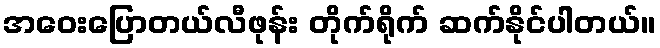
အဝေးပြောတယ်လီဖုန်း တိုက်ရိုက် ဆက်နိုင်ပါတယ်။